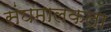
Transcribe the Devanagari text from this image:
संघमालकला